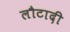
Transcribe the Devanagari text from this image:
लौटादी